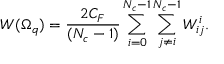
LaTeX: W ( \Omega _ { q } ) = \frac { 2 C _ { F } } { ( N _ { c } - 1 ) } \sum _ { i = 0 } ^ { N _ { c } - 1 } \sum _ { j \neq i } ^ { N _ { c } - 1 } W _ { i j } ^ { i } .